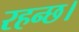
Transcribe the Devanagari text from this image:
रहन्छ।